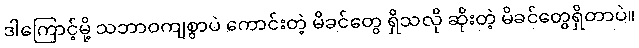
ဒါကြောင့်မို့ သဘာဝကျစွာပဲ ကောင်းတဲ့ မိခင်တွေ ရှိသလို ဆိုးတဲ့ မိခင်တွေရှိတာပဲ။